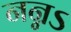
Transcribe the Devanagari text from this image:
नन्नऽ